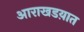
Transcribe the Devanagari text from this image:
आराखडय़ात